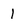
Character: 1